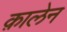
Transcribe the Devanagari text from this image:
क़ालेन